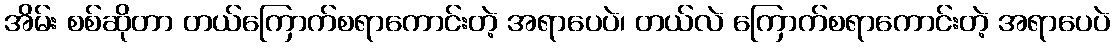
အိမ်း စစ်ဆိုတာ တယ်ကြောက်စရာကောင်းတဲ့ အရာပေပဲ၊ တယ်လဲ ကြောက်စရာကောင်းတဲ့ အရာပေပဲ